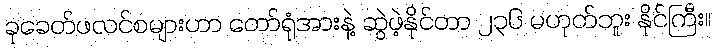
ခုခေတ်ဖလင်စများဟာ တော်ရုံအားနဲ့ ဆွဲဖဲ့နိုင်တာ ၂၃၆ မဟုတ်ဘူး နိုင်ကြီး။